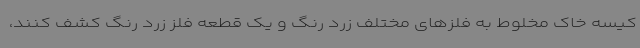
کیسه خاک مخلوط به فلزهای مختلف زرد رنگ و یک قطعه فلز زرد رنگ کشف کنند،